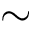
\sim